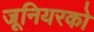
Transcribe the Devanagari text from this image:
जूनियरको